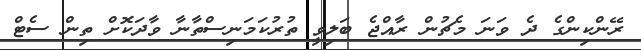
ރޭންކިންގެ ދެ ވަނަ މެޗުން ރާއްޖެ ބަލިވީ ތުރުކަމަނިސްތާނާ ވާދަކޮށް ތިން ސެޓް